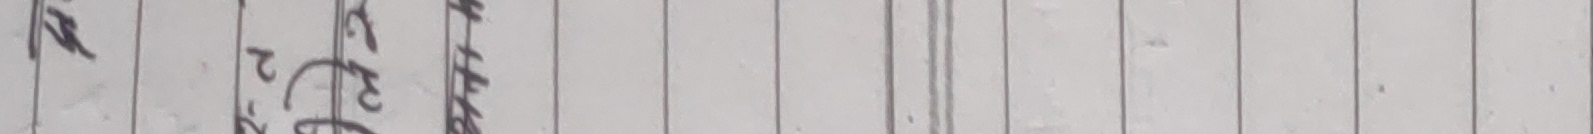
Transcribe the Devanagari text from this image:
१२फी